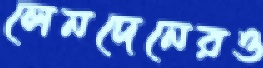
লেনদেনেরও